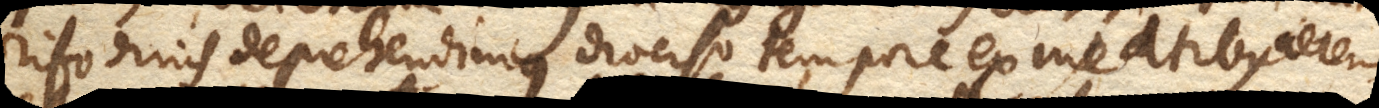
rifodinis deprehendimus diverso tempore ex meatibus aerem